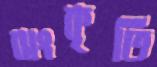
ঝংকৃতি